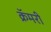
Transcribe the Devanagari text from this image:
क्रॅमरी